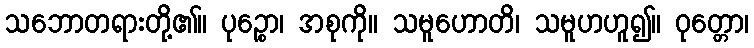
သဘောတရားတို့၏။ ပုဉ္စော၊ အစုကို။ သမူဟောတိ၊ သမူဟဟူ၍။ ဝုတ္တော၊